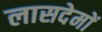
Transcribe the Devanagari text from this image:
लासदेमों